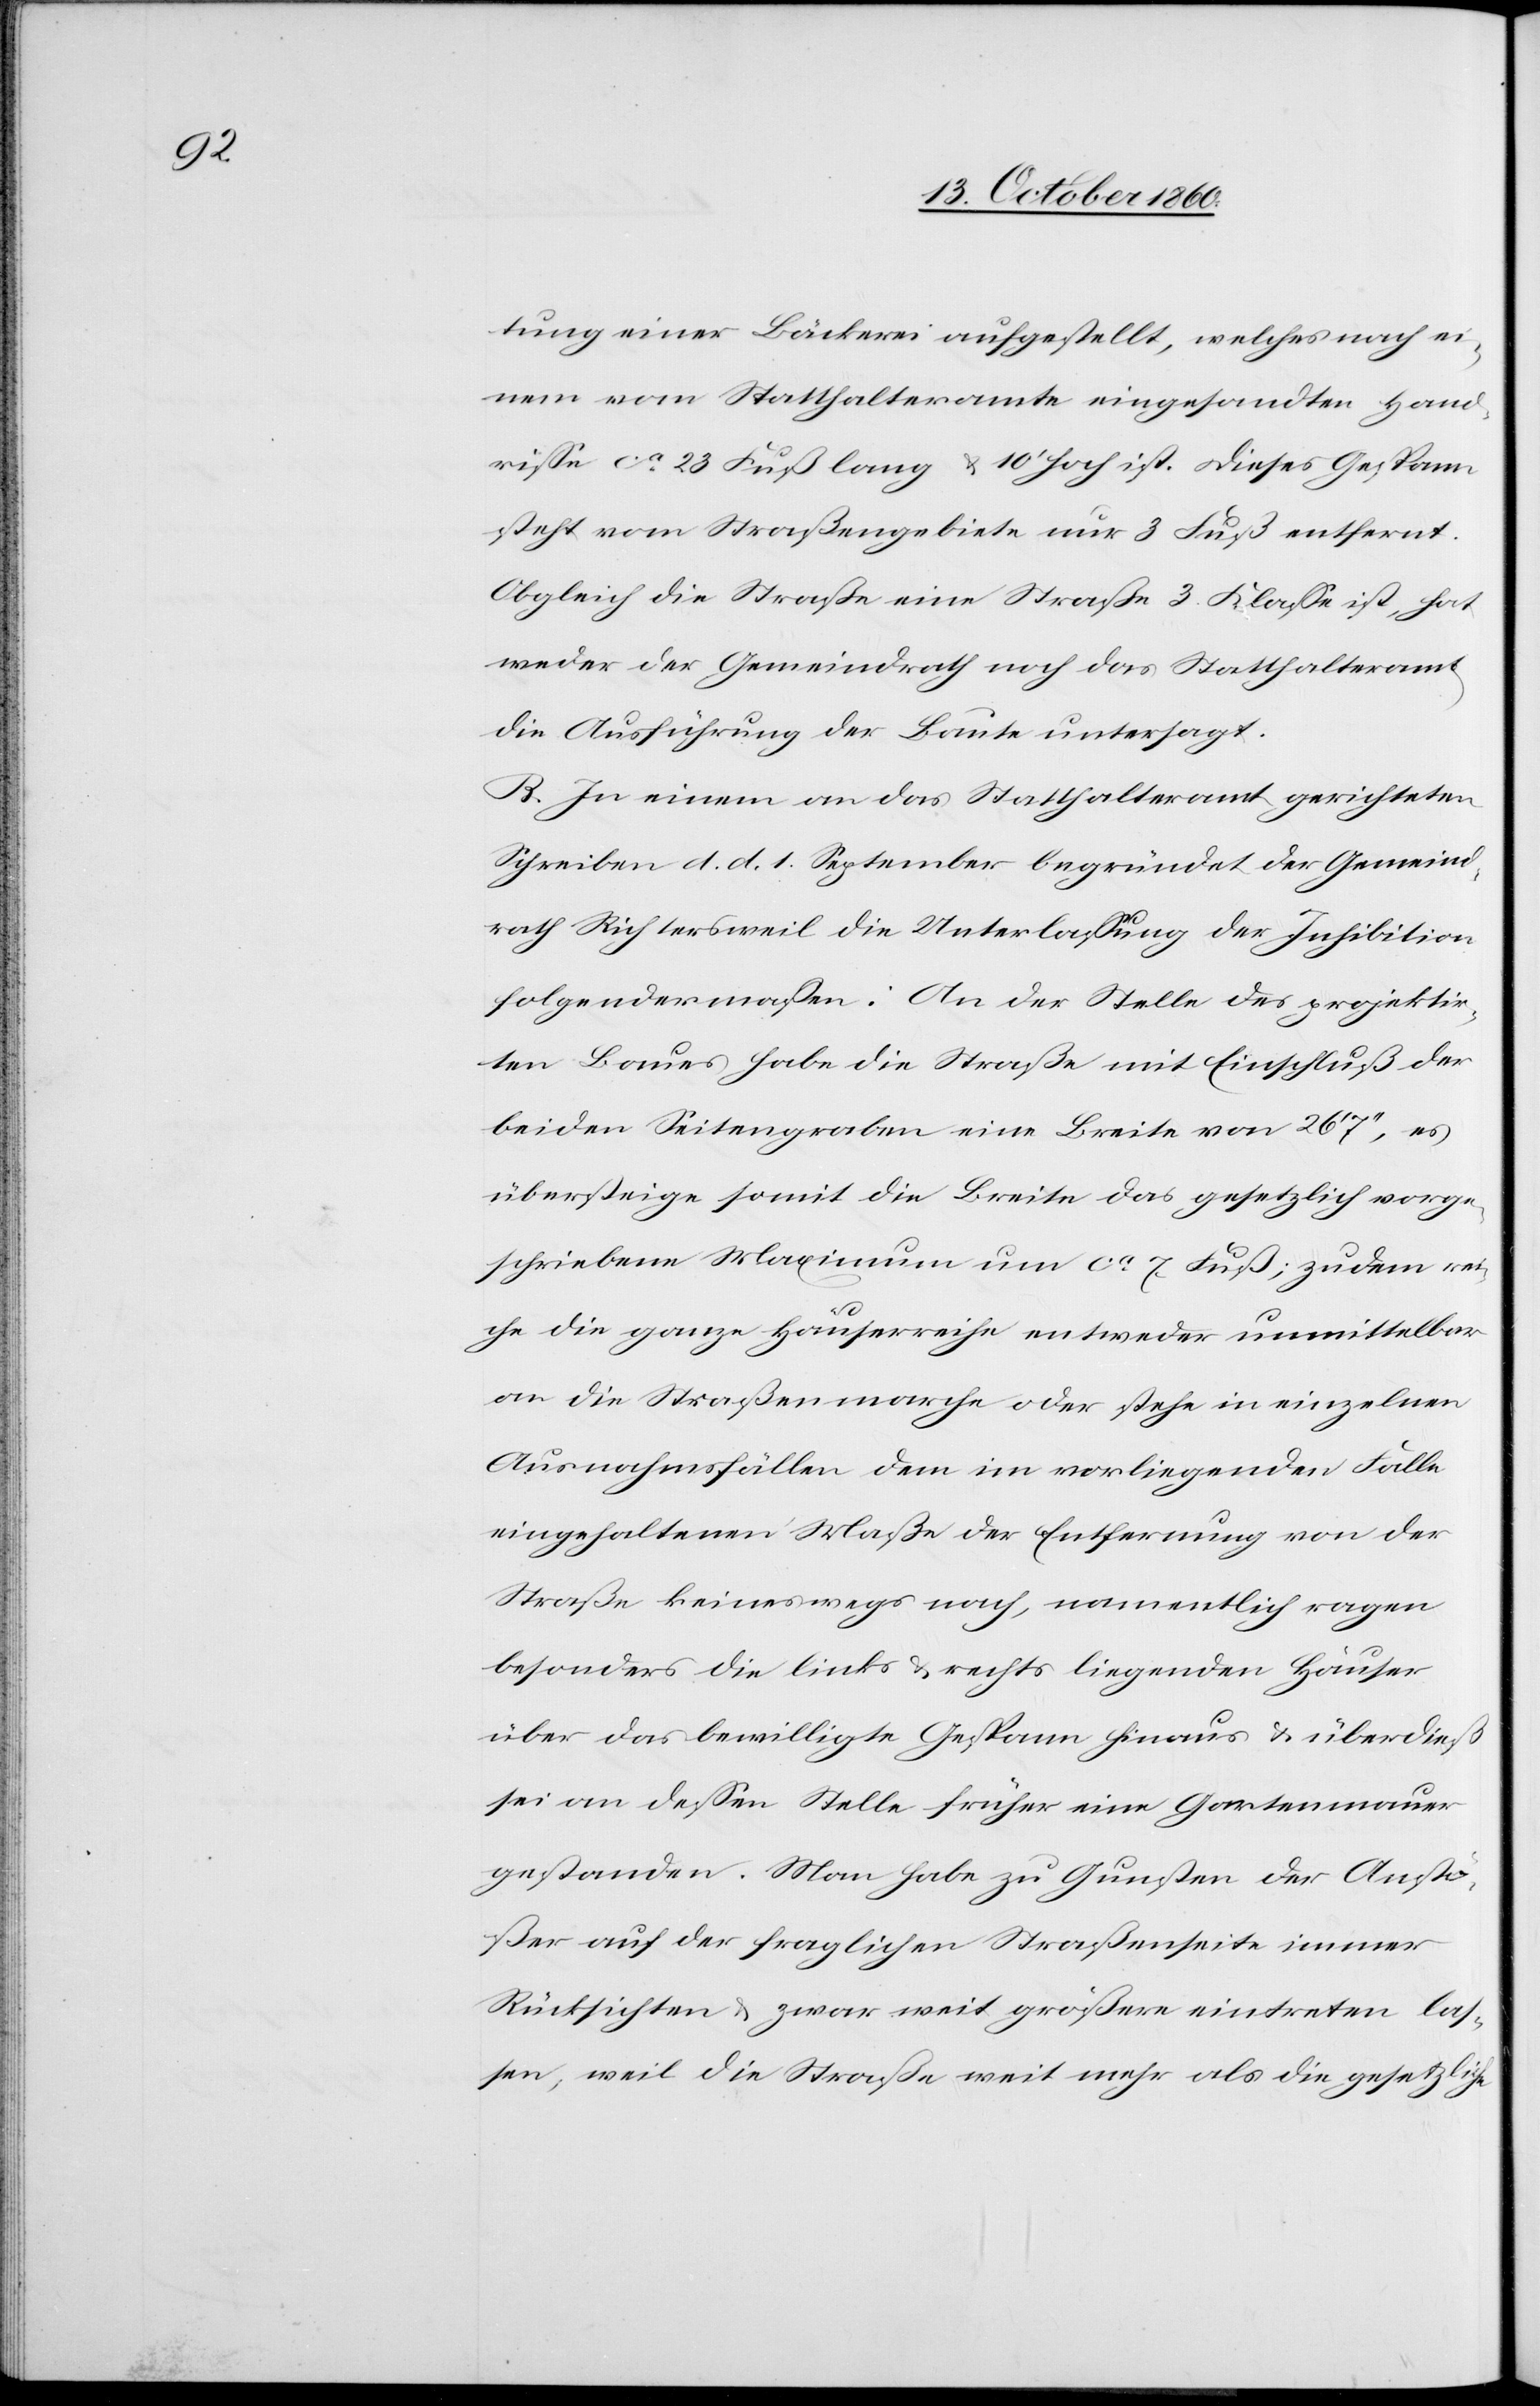
tung einer Bäckerei aufgestellt, welches nach ei¬
nem vom Statthalteramte eingesandten Hand¬
risse ca 23 Fuß lang u. 10’ hoch ist. Dieses Gespann
steht vom Straßengebiete nur 3 Fuß entfernt.
Obgleich die Straße eine Straße 3. Klasse ist, hat
weder der Gemeindrath noch das Statthalteramt
die Ausführung der Baute untersagt.
B. In einem an das Statthalteramt gerichteten
Schreiben d. d. 1. September begründet der Gemeind¬
rath Richtersweil die Unterlassung der Inhibition
folgendermaßen: An der Stelle des projektir¬
ten Baues habe die Straße mit Einschluß der
beiden Seitengraben eine Breite von 26’ 7’’, es
übersteige somit die Breite das gesetzlich vorge¬
schriebene Maximum um ca 7 Fuß, zudem rei¬
che die ganze Häuserreihe entweder unmittelbar
an die Straßenmarche oder stehe in einzelnen
Ausnahmsfällen dem im vorliegenden Falle
eingehaltenen Maße der Entfernung von der
Straße keineswegs nach, namentlich ragen
besonders die links u. rechts liegenden Häuser
über das bewilligte Gespann hinaus u. überdieß
sei an dessen Stelle früher eine Gartenmauer
gestanden. Man habe zu Gunsten der Anstö¬
ßer auf der fraglichen Straßenseite immer
Rücksichten u. zwar weit größere eintreten las¬
sen, weil die Straße weit mehr als die gesetzliche